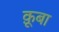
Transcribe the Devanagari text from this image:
क़ूबा